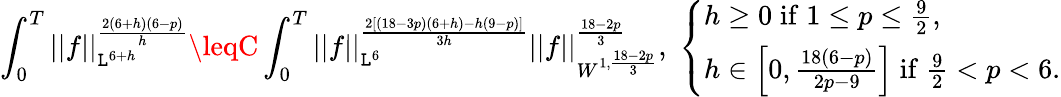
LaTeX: \int_{0}^{T}||f||_{\mathtt{L}^{6+h}}^{\frac{{2(6+h)(6-p)}}{{h}}}\leqC\int_{0}^{T}||f||_{\mathtt{L}^{6}}^{\frac{{2[(18-3p)(6+h)-h(9-p)]}}{{3h}}}||f||_{W^{1,\frac{{18-2p}}{{3}}}}^{\frac{{18-2p}}{{3}}},\; \left\{ \begin{array}{ll}{h\geq 0\; \mathrm{if}\; 1\leq p\leq\frac{9}{2},}\\ {h\in\left[0,\frac{18(6-p)}{2p-9}\right]\; \mathrm{if}\; \frac{9}{2}<p<6.}\end{array}\right.